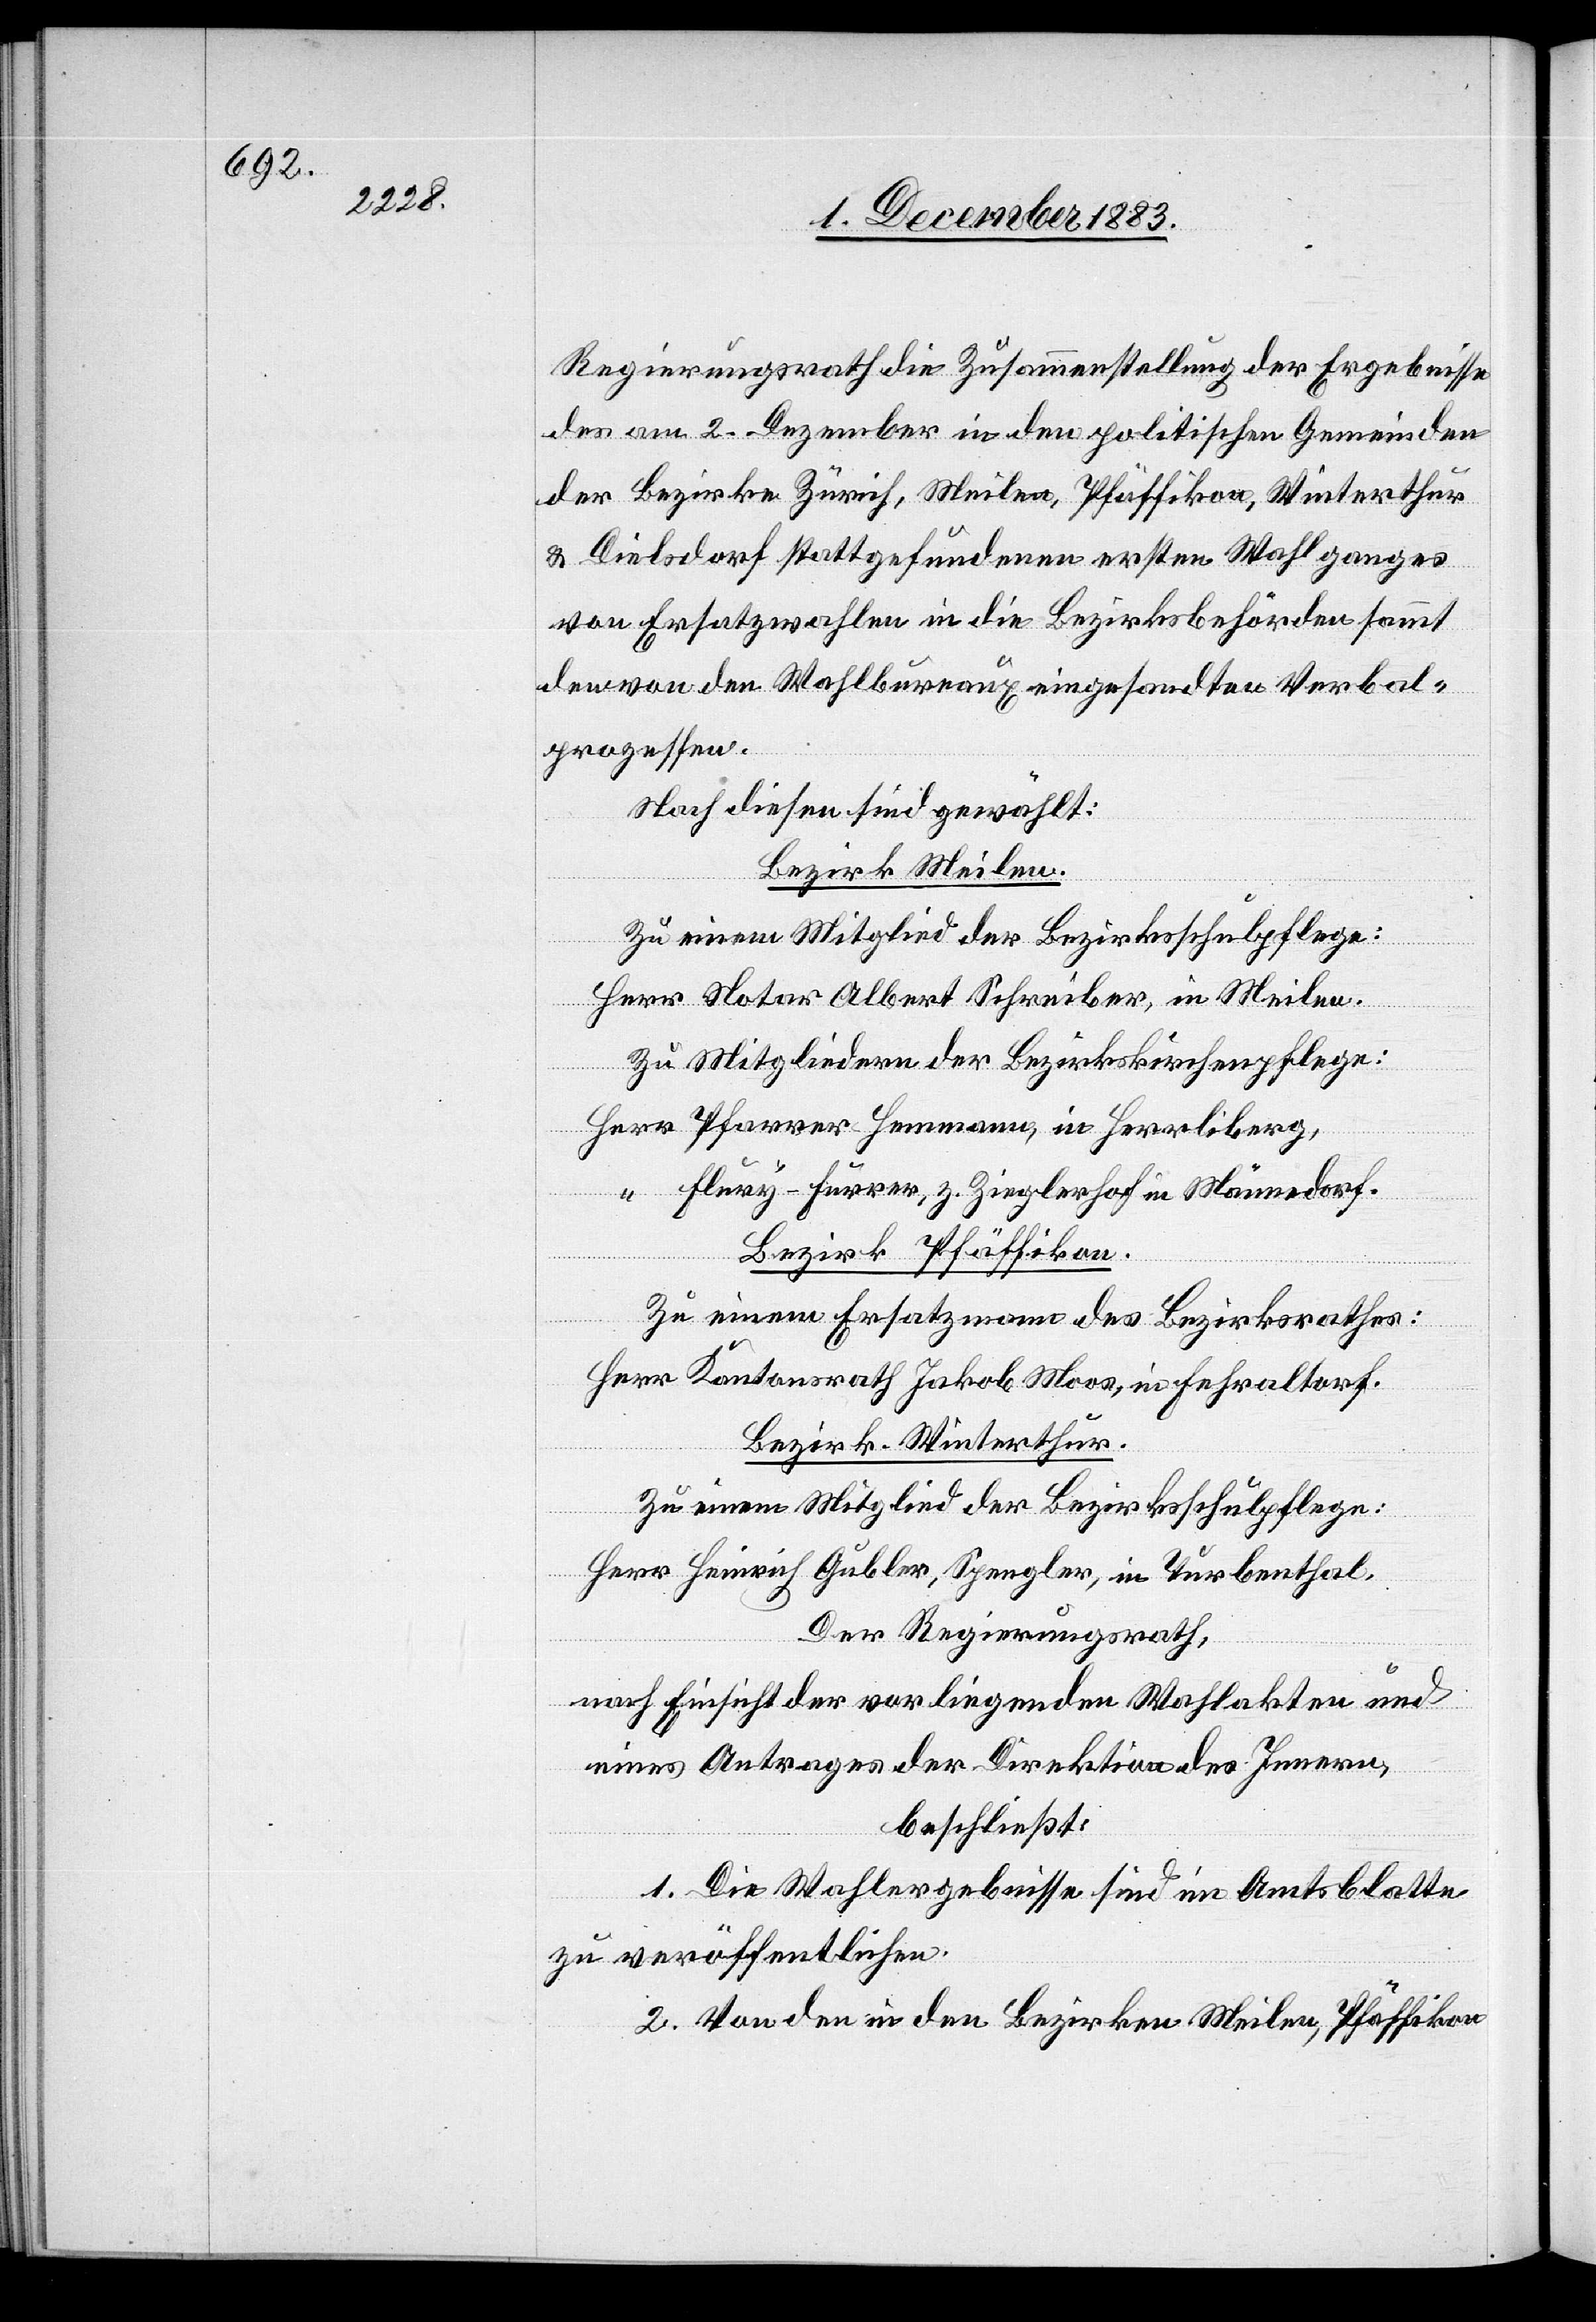
Regierungsrath die Zusammenstellung der Ergebnisse
des am 2. Dezember in den politischen Gemeinden
der Bezirke Zürich, Meilen, Pfäffikon, Winterthur
& Dielsdorf stattgefundenen ersten Wahlganges
von Ersatzwahlen in die Bezirksbehörden sammt
den von den Wahlbureaux eingesandten Verbal¬
prozessen.
Nach diesen sind gewählt:
Bezirk Meilen.
Zu einem Mitglied der Bezirksschulpflege:
Herr Notar Albert Schreiber, in Meilen.
Zu Mitgliedern der Bezirkskirchenpflege:
Herr Pfarrer-Hermann, in Herrliberg,
“ Flury-Furrer, z. Zieglerhof in Männedorf.
Bezirk Pfäffikon.
Zu einem Ersatzmann des Bezirksrathes:
Herr Kantonsrath Jakob Moos, in Fehraltorf.
Bezirk Winterthur.
Zu einem Mitglied der Bezirksschulpflege:
Herr Heinrich Gubler, Spengler, in Turbenthal.
Der Regierungsrath,
nach Einsicht der vorliegenden Wahlakten und
eines Antrages der Direktion des Innern,
beschließt:
1. Die Wahlergebnisse sind im Amtsblatte
zu veröffentlichen.
2. Von den in den Bezirken Meilen, Pfäffikon